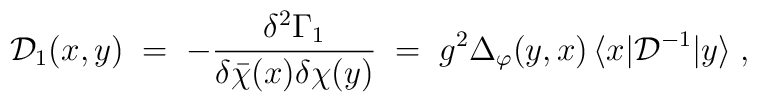
{\mathcal D}_1(x,y) \;=\; -\frac{\delta^2 \Gamma_1}{\delta{\bar\chi}(x)\delta\chi(y)}\;=\; g^2 \Delta_\varphi(y,x) \, \langle x|{\mathcal D}^{-1}|y\rangle \;,